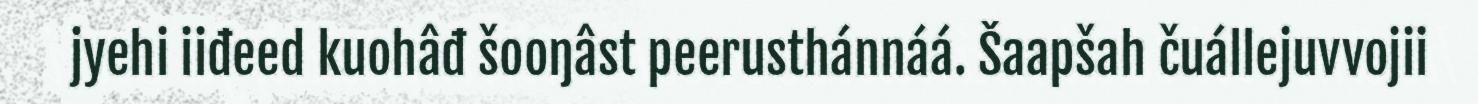
jyehi iiđeed kuohâđ šooŋâst peerusthánnáá. Šaapšah čuállejuvvojii